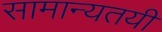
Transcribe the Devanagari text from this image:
सामान्यतयी